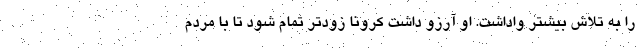
را به تلاش بیشتر واداشت. او آرزو داشت کرونا زودتر تمام شود تا با مردم